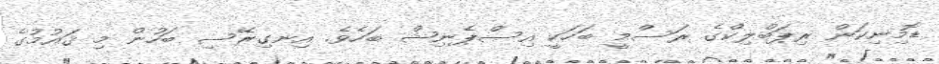
ޑޮމިނިކަން ރިޕަބްލިކްގެ ރަސްމީ ބަހަކީ އިސްޕެނިޝް ބަހެވެ. އިނގިރޭސި ބަހުން މި ޤައުމުގެ